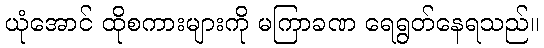
ယုံအောင် ထိုစကားများကို မကြာခဏ ရေရွတ်နေရသည်။